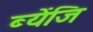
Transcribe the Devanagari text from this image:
ब्येंजि